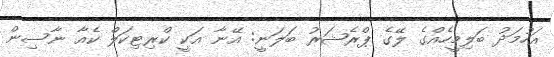
އަހުމަދު ބަލިމީހެއްގެ ލޭގެ ޕްރެޝަރު ބަލަނީ: އޭނާ އަކީ ކްރިޓިކަލް ކެއާ ނާސިން